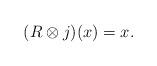
LaTeX: \begin{align*}(R\otimes j)(x) = x .\end{align*}